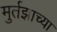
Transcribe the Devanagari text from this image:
मुर्तझाच्या